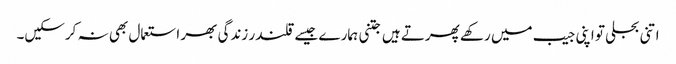
اتنی بجلی تو اپنی جیب میں رکھے پھرتے ہیں جتنی ہمارے جیسے قلندر زندگی بھر استعمال بھی نہ کرسکیں۔